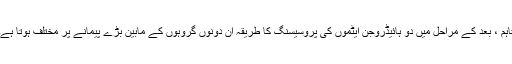
تاہم ، بعد کے مراحل میں دو ہائیڈروجن ایٹموں کی پروسیسنگ کا طریقہ ان دونوں گروہوں کے مابین بڑے پیمانے پر مختلف ہوتا ہے۔